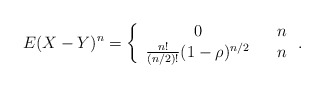
\begin{align*}E(X-Y)^{n}=\left\{ \begin{array}{ccc}0 & & n \\ \frac{n!}{(n/2)!}(1-\rho )^{n/2} & & n\end{array}\right. . \end{align*}